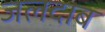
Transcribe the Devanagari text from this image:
जलदाब